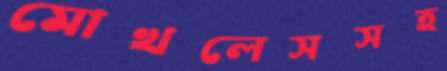
মোখলেসসহ